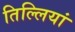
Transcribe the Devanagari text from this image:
तिल्लियां